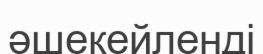
әшекейленді